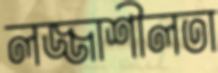
লজ্জাশীলতা